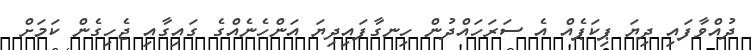
ދުއްވާފައި ދިޔަ ޕިކަޕެއް އެ ސަރަހައްދުން ހިނގާފައިދިޔަ އަންހެނެއްގެ ގައިގާއި ޖެހިގެން ކަމަށް